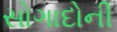
સોગાદોની